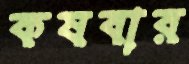
কষবার